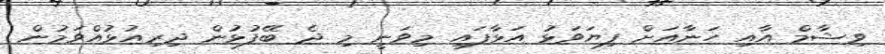
ވިޝާމް އާއި ހަނާއަށް ފިޔަވަޅު އަޅާފައި މިވަނީ މި ދެ ބޭފުޅުން ދިރިއުޅުއްވަމުން